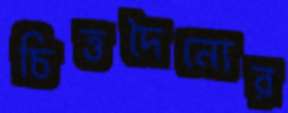
চিত্তদৈন্যের